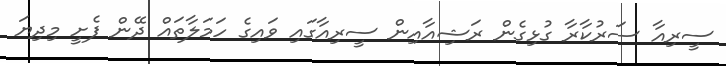
ސީރިއާ ސަރުކާރާ ގުޅިގެން ރަޝިއާއިން ސީރިއާގައި ވައިގެ ހަމަލާތައް ދޭން ފެށީ މިދިޔަ